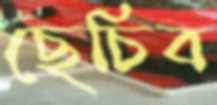
ছেচিব